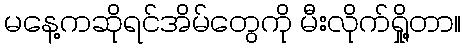
မနေ့ကဆိုရင်အိမ်တွေကို မီးလိုက်ရှို့တာ။